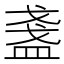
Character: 盞